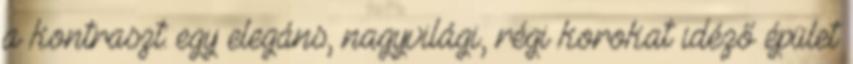
a kontraszt: egy elegáns, nagyvilági, régi korokat idéző épület